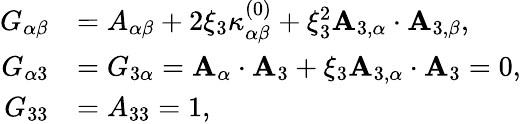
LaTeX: \begin{array}{rl}{{G}_{\alpha\beta}}&{={A}_{\alpha\beta}+2\xi_{3}{\kappa}_{\alpha\beta}^{(0)}+\xi_{3}^{2}{\mathbf{A}}_{3,\alpha}\cdot{\mathbf{A}}_{3,\beta},}\\ {{G}_{\alpha 3}}&{={G}_{3\alpha}={\mathbf{A}}_{\alpha}\cdot{\mathbf{A}}_{3}+\xi_{3}{\mathbf{A}}_{3,\alpha}\cdot{\mathbf{A}}_{3}=0,}\\ {{G}_{33}}&{={A}_{33}=1,}\end{array}